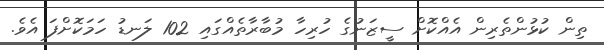
ތިން ކުޅުންތެރިން އެއްކޮށް ސީޒަނުގެ ހުރިހާ މުބާރާތެއްގައި 102 ލަނޑު ހަމަކޮށްފަ އެވެ.